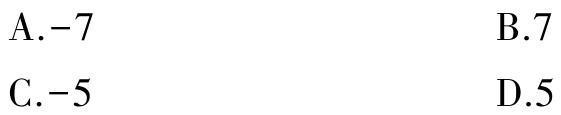
A.$-7$  B.$7$  C.$-5$  D.$5$